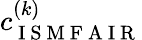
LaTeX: c_{\mathrm{~I~S~M~F~A~I~R~}}^{(k)}